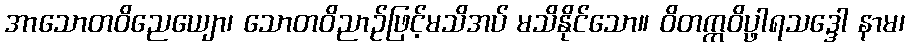
အာသောတဝိညေယျော၊ သောတဝိညာဉ်ဖြင့်မသိအပ် မသိနိုင်သော။ ဝိတက္ကဝိပ္ဖာရသဒ္ဒေါ နာမ၊